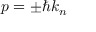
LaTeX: p = \pm \hbar k _ { n }